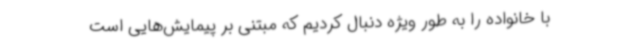
با خانواده را به طور ویژه دنبال کردیم که مبتنی بر پیمایش‌هایی است